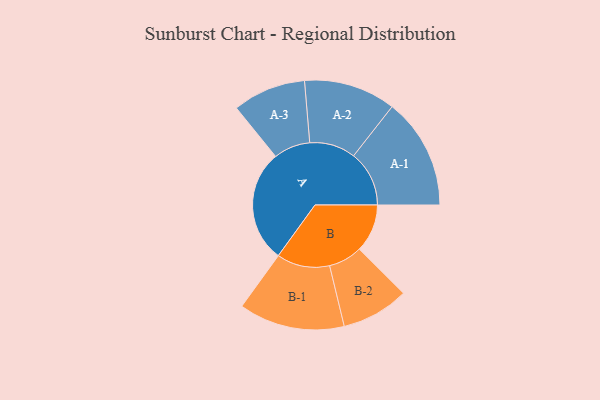
{"axis": {"x": "Segment", "y": "Value"}, "legend": ["", "A", "B"], "data": [{"x": "A", "y": 433, "type": ""}, {"x": "B", "y": 185, "type": ""}, {"x": "A-1", "y": 214, "type": "A"}, {"x": "A-2", "y": 177, "type": "A"}, {"x": "A-3", "y": 141, "type": "A"}, {"x": "B-1", "y": 204, "type": "B"}, {"x": "B-2", "y": 130, "type": "B"}]}